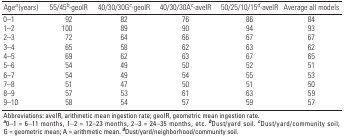
| Agea (years) | 55/45b-geoIR | 40/30/30Gc-geoIR | 40/30/30Ac-aveIR | 50/25/10/15d-aveIR | Average all models |
 | --- | --- | --- | --- | --- | --- |
 | 0–1 | 92 | 82 | 76 | 86 | 84 |
 | 1–2 | 100 | 89 | 90 | 94 | 93 |
 | 2–3 | 72 | 64 | 66 | 67 | 67 |
 | 3–4 | 65 | 58 | 62 | 63 | 62 |
 | 4–5 | 69 | 62 | 63 | 67 | 65 |
 | 5–6 | 54 | 49 | 50 | 52 | 51 |
 | 6–7 | 54 | 49 | 54 | 55 | 53 |
 | 7–8 | 51 | 47 | 50 | 51 | 50 |
 | 8–9 | 57 | 53 | 61 | 63 | 59 |
 | 9–10 | 58 | 54 | 57 | 59 | 57 |
 | <COLSPAN=6> Abbreviations: aveIR, arithmetic mean ingestion rate; geoIR, geometric mean ingestion rate. a0–1 = 6–11 months, 1–2 = 12–23 months, 2–3 = 24–35 months, etc. bDust/yard soil. cDust/yard/community soil; G = geometric mean; A = arithmetic mean. dDust/yard/neighborhood/community soil. |